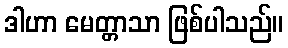
ဒါဟာ မေတ္တာသာ ဖြစ်ပါသည်။